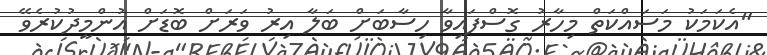
"އެކަމަކު މަސައްކަތް މިހާރު ގޮސްފައިވާ ހިސާބަށް ބަލާ އިރު ވަރަށް ބޮޑަށް އުންމީދުކުރެވޭ